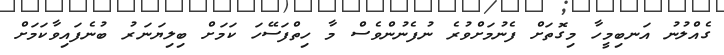
ގެއްލުނު އަނބިމީހާ މިގޮތަށް ފެނުމަށްވުރެ ނުފެނުންވެސް މާ ހިތްފަސޭހަ ކަމަށް ބިލިޔަނަރު ބުނެފައިވާކަމަށް